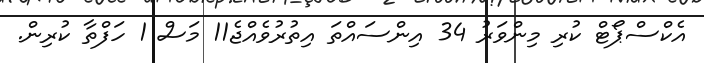
އެކްސްޕޯޓް ކުރި މިންވަރު 34 އިންސައްތަ އިތުރުވެއްޖެ11 މަސް 1 ހަފްތާ ކުރިން.